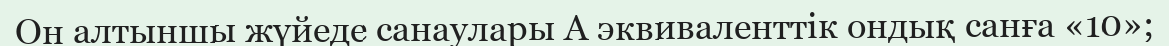
Он алтыншы жүйеде санаулары A эквиваленттік ондық санға «10»;